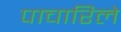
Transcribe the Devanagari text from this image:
पाचारिले